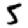
Digit: 5